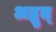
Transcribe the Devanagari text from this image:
अद्भुत्‌